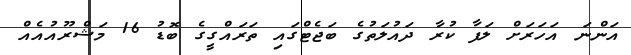
އަންނަ އަހަރަށް ލަފާ ކުރާ ދައުލަތުގެ ބަޖެޓްގައި ތަރައްގީގެ ބޮޑު 16 މަޝްރޫއުއެއް